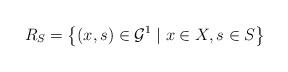
LaTeX: \begin{align*}R_{S}=\left\{ (x,s)\in\mathcal{G}^{1}\mid x\in X,s\in S\right\}\end{align*}